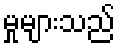
မှုများသည်